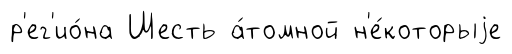
р'ег'ио́на Шесть а́томной н'е́которыjе